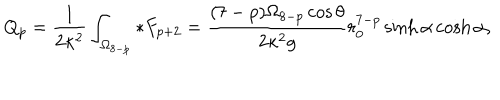
Q _ { p } = \frac { 1 } { 2 \kappa ^ { 2 } } \int _ { \Omega _ { 8 - p } } * F _ { p + 2 } = \frac { ( 7 - p ) \Omega _ { 8 - p } \cos \theta } { 2 \kappa ^ { 2 } g } r _ { 0 } ^ { 7 - p } \sinh \alpha \cosh \alpha ,